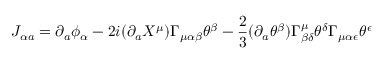
J _ { \alpha a } = \partial _ { a } \phi _ { \alpha } - 2 i ( \partial _ { a } X ^ { \mu } ) \Gamma _ { \mu \alpha \beta } \theta ^ { \beta } - \frac { 2 } { 3 } ( \partial _ { a } \theta ^ { \beta } ) \Gamma _ { \beta \delta } ^ { \mu } \theta ^ { \delta } \Gamma _ { \mu \alpha \epsilon } \theta ^ { \epsilon } \nonumber